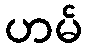
ဟမ်